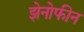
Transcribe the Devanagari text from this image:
झेनोफीन